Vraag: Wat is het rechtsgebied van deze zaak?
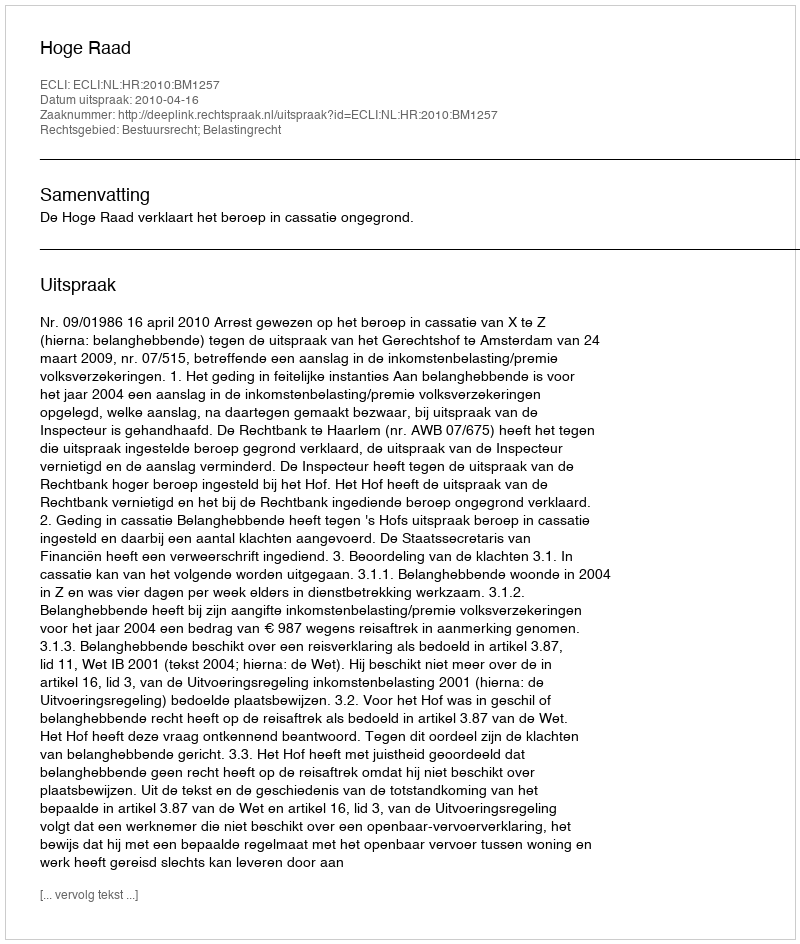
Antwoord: Bestuursrecht; Belastingrecht